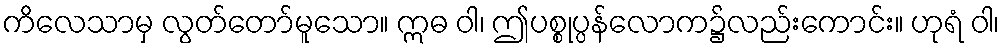
ကိလေသာမှ လွတ်တော်မူသော။ ဣဓ ဝါ၊ ဤပစ္စုပ္ပန်လောက၌လည်းကောင်း။ ဟုရံ ဝါ၊